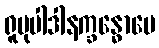
ရူပုပါဒါနက္ခန္ဓောပေ